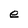
Character: e